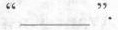
"___".